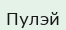
Пулэй